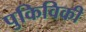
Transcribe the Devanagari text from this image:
पुकिविकी